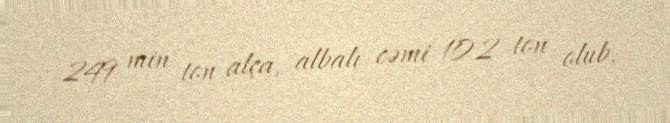
249 min ton alça, albalı cəmi 102 ton olub.